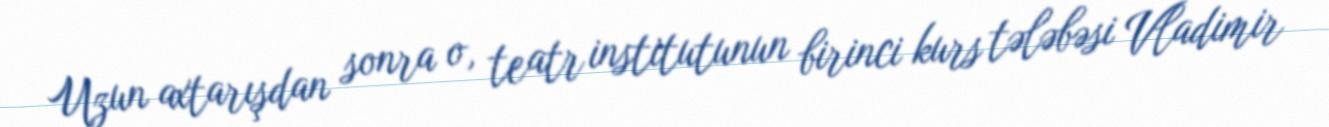
Uzun axtarışdan sonra o, teatr institutunun birinci kurs tələbəsi Vladimir